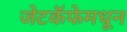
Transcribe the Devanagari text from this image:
जेटकॅफेमधून